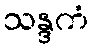
သန္ဒကံ